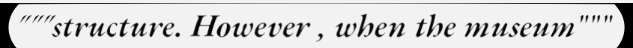
"""structure. However , when the museum"""